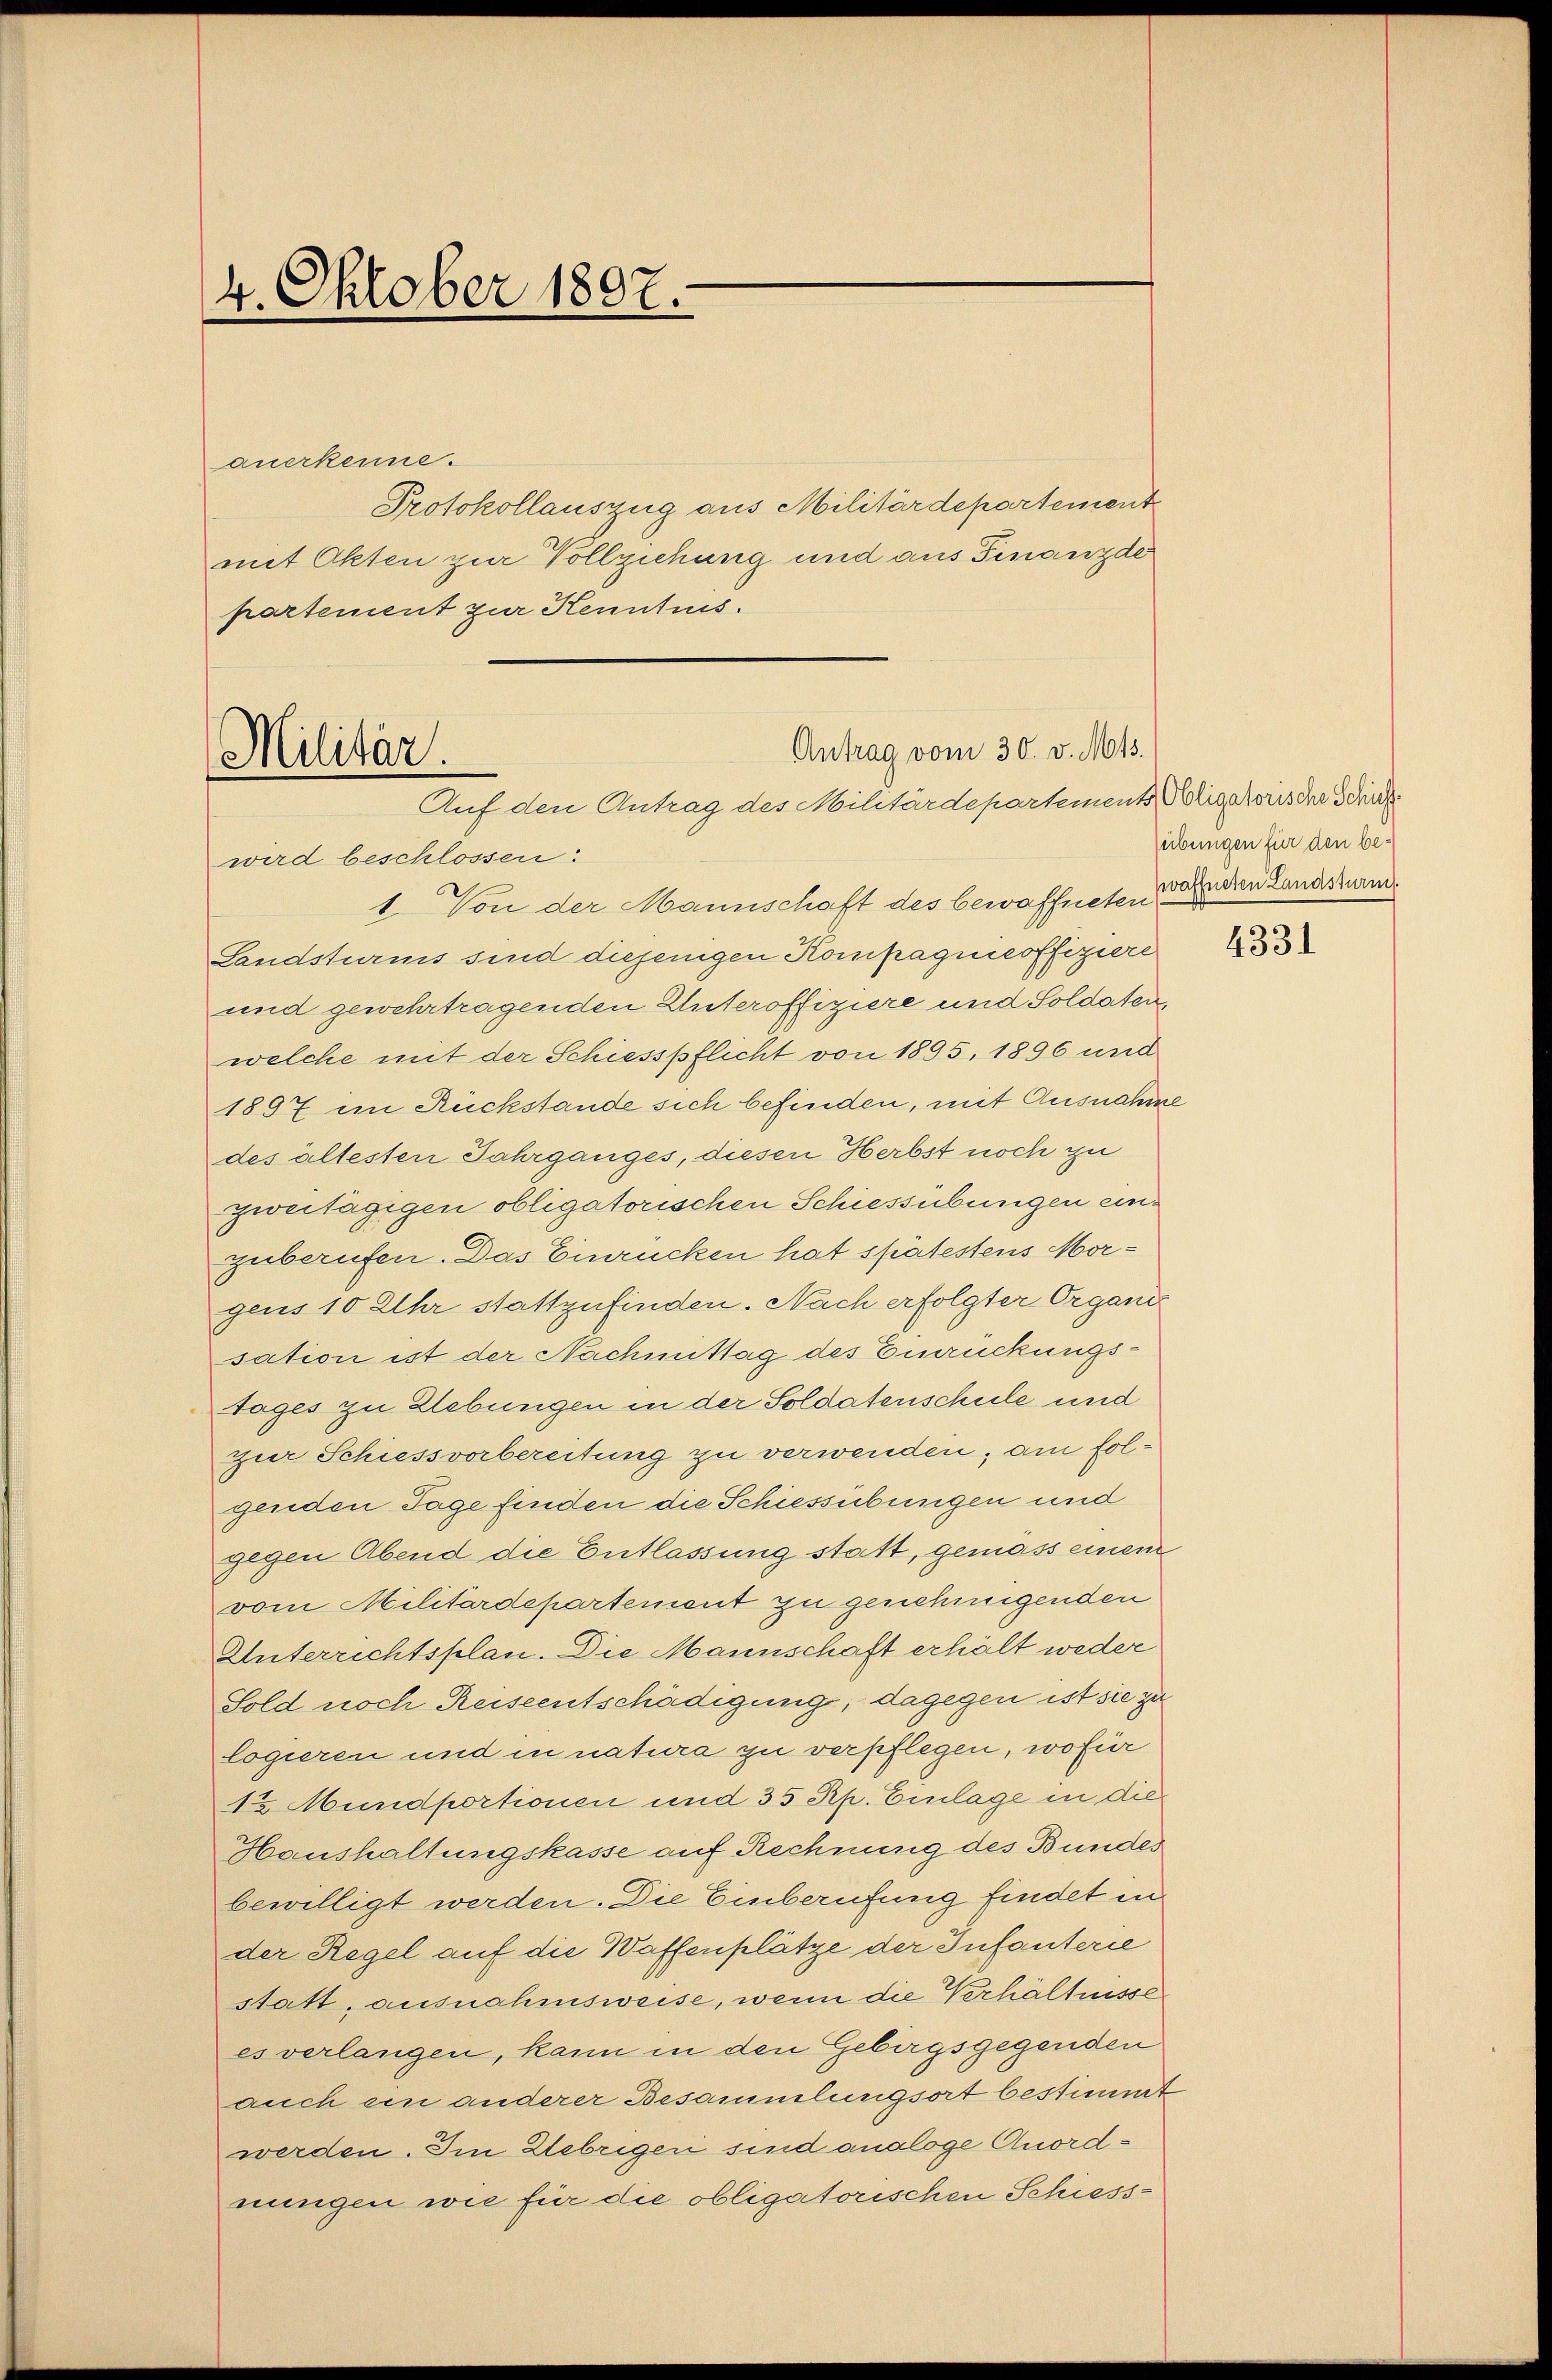
4. Oktober 1807.

wird beschlossen:
1. Von der Mannschaft des bewaffneten Beden Kundsten
Landsturms sind diejenigen Kompagnnoffiziere
und gewehrtragenden Unteroffiziere und Soldaten,
welche mit der Schiesspflicht von 1895. 1896 und
1897 im Rückstände sich befinden, mit Ausnahme
des ältesten Jahrganges, diesen Herbst noch zu
zweitägigen obligatorischen Schiessübungen einzuberufen. Das Einrücken hat spätestens Morgens 10 Uhr stattzufinden. Nach erfolgter Organi
sation ist der Nachmittag des Zurückungstages zu Hebungen in der Soldatenschule und
zur Schiessvorbereitung zu verwenden, am folgenden Tage finden die Schiessübungen und
gegen Abend die Entlassung statt, gemäss einem
vom Militärdepartement zu genehmigenden
Unterrechtsplan. Die Mannschaft erhält weder
Sold noch Reiseentschädigung, dagegen ist sie zu
logieren und in natura zu verpflegen, wofür
1½ Mundportionen und 35 Rp. Einlage in die
Haushaltungskasse auf Rechnung des Bundes
bewilligt werden. Die Einberufung findet in
der Regel auf die Waffenplätze der Infanterie
statt, ausnahmsweise, wenn die Verhältnisse
es verlangen, kann in den Gebirgsgegenden
auch ein anderer Besammlungsort bestimmt
werden. Im Uebrigen sind analoge Anordnungen wie für die obligatorischen Schiess-

anerkenne.
Protokollauszug aus Militärdepartement
mit Okten zur Vollziehung und aus Finanzde
partement zur Kenntnis.

Antrag vom 30. v. Mts.
Militär.
Auf den Antrag des Militärdepartement Bligatoris der Schut

sübungen für den be¬

4331